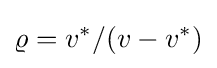
\varrho =v^{*}/(v-v^{*})